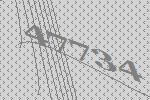
47734